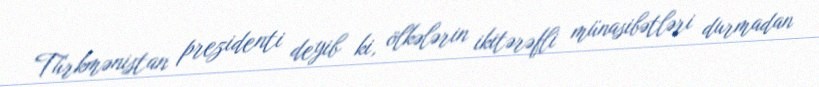
Türkmənistan prezidenti deyib ki, ölkələrin ikitərəfli münasibətləri durmadan